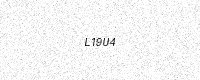
Text: L19U4